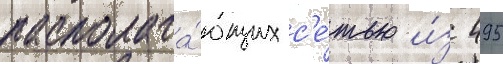
располага́ющих с'е́тью и́з 495